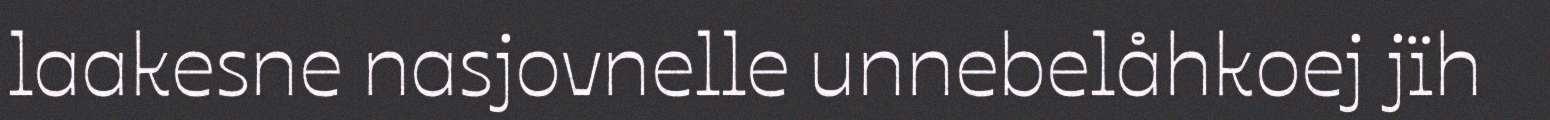
laakesne nasjovnelle unnebelåhkoej jïh